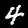
Label: 4